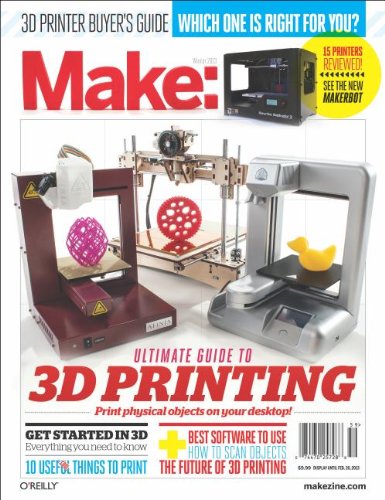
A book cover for Make: Ultimate Guide to 3D Printing; The Editors of MAKE; Computers & Technology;